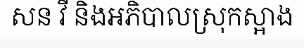
សន វី និងអភិបាលស្រុកស្អាង